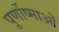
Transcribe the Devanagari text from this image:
पूर्णोष्माओं